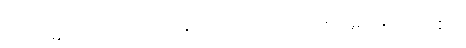
စင်စစ်။ ဣမဿ ပုဂ္ဂလဿ၊ ဤပုဂ္ဂိုလ်အား။ ကုသလာ၊ ကုသိုလ်ဖြစ်ကုန်သော။ ဓမ္မာပိ၊